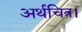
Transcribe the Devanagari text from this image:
अर्थचित्र।